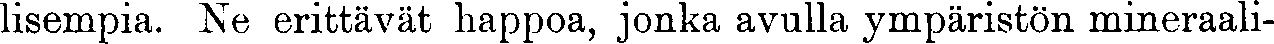
lisempia. Ne erittävät happoa, jonka avulla ympäristön mineraali-